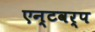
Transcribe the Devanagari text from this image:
एन्टवर्प